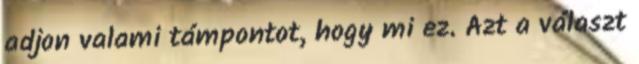
adjon valami támpontot, hogy mi ez. Azt a választ